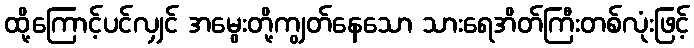
ထို့ကြောင့်ပင်လျှင် အမွေးတို့ကျွတ်နေသော သားရေအိတ်ကြီးတစ်လုံးဖြင့်